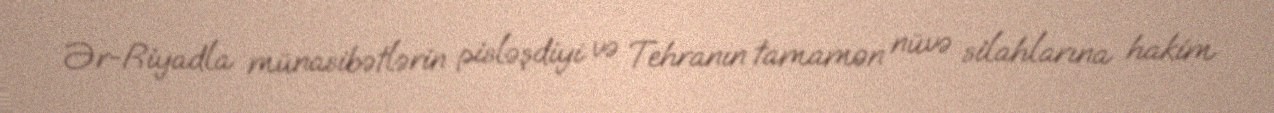
Ər-Riyadla münasibətlərin pisləşdiyi və Tehranın tamamən nüvə silahlarına hakim